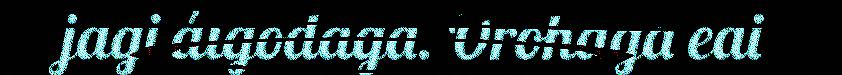
jagi áigodaga. Orohaga eai